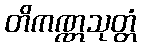
တိကဏ္ဏသုတ္တံ